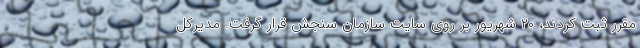
مقرر ثبت کردند، ۲۰ شهریور بر روی سایت سازمان سنجش قرار گرفت. مدیرکل